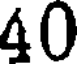
40